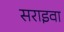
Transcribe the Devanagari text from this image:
सराइवा